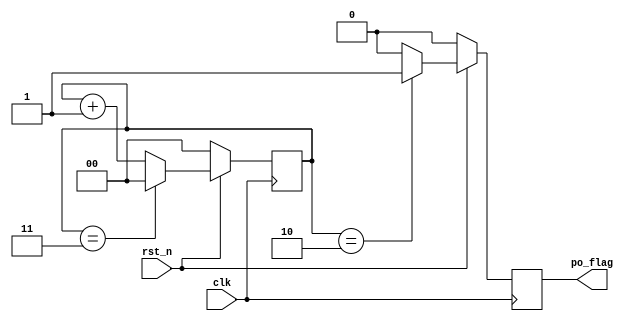
module div_clk(
    input   wire    clk,
    input   wire    rst_n,
    output  reg     po_flag
);

wire rst;
reg [1:0]   div_cnt;
assign rst = ~rst_n;

// div_cnt
always @(posedge clk)begin
    if(rst == 1'b1)begin
        div_cnt <= 'd0;
end
    else if(div_cnt == 'd3)begin
        div_cnt <= 'd0;
    end
    else begin
        div_cnt <= div_cnt + 1'b1;
    end
end

// po_flag
always @(posedge clk)begin
    if(rst == 1'b1)begin
        po_flag <= 1'b0;
    end 
    else if(div_cnt == 'd2)begin
        po_flag <= 1'b1;
    end
    else begin
        po_flag <= 1'b0;
    end
end


endmodule